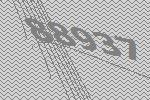
88937